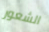
الشعور